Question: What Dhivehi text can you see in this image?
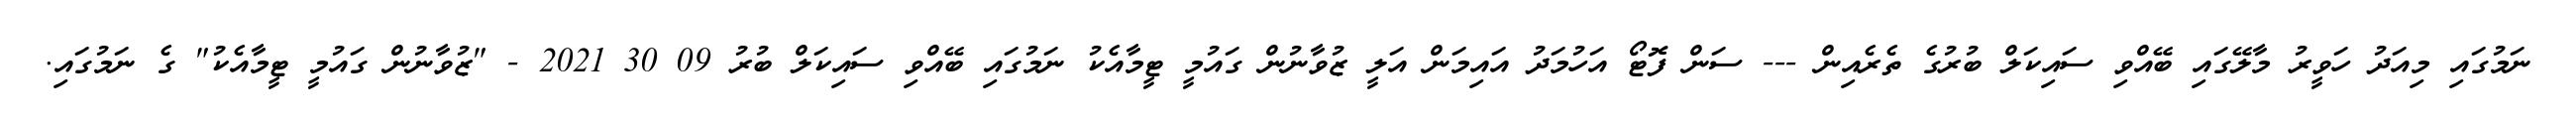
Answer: ނަމުގައި މިއަދު ހަވީރު މާލޭގައި ބޭއްވި ސައިކަލް ބުރުގެ ތެރެއިން --- ސަން ފޮޓޯ އަހުމަދު އައިމަން އަލީ ޒުވާނުން ގައުމީ ޓީމާއެކު ނަމުގައި ބޭއްވި ސައިކަލް ބުރު 09 30 2021 - "ޒުވާނުން ގައުމީ ޓީމާއެކު" ގެ ނަމުގައި.